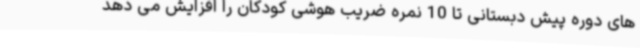
های دوره پیش دبستانی تا 10 نمره ضریب هوشی کودکان را افزایش می دهد